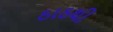
ઠાઠથી